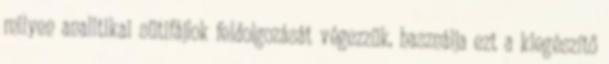
milyen analitikai sütifájlok feldolgozását végezzük, használja ezt a kiegészítő